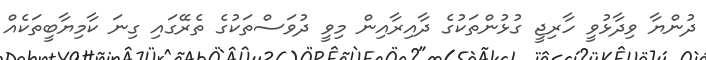
ދުންޔާ ވިދާޅުވީ ހާރިޖީ ގުޅުންތަކުގެ ދާއިރާއިން މިވީ ދުވަސްތަކުގެ ތެރޭގައި ގިނަ ކާމިޔާބީތަކެއް